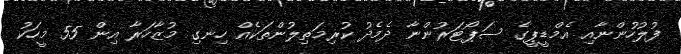
ފުލުހުންނާއި އެމްޑީޕީގެ ސަޕޯޓަރުންނާ ދެމެދު ކުރިމަތިލުންތަކެއް ހިނގި މުޒާހަރާ އިން 55 މީހަކު